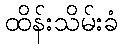
ထိန်းသိမ်းခံ